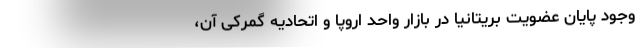
وجود پایان عضویت بریتانیا در بازار واحد اروپا و اتحادیه گمرکی آن،